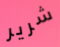
شرير